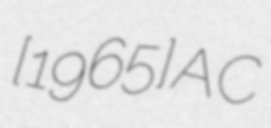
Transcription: [1965] AC